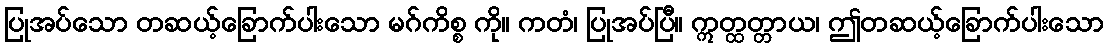
ပြုအပ်သော တဆယ့်ခြောက်ပါးသော မဂ်ကိစ္စ ကို။ ကတံ၊ ပြုအပ်ပြီ။ ဣတ္ထတ္တာယ၊ ဤတဆယ့်ခြောက်ပါးသော